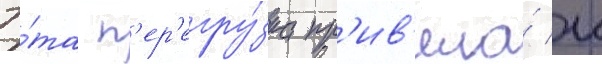
Э́та п'ер'егру́зка пр'ив'ела́ к